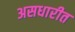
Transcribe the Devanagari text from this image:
असधारीत